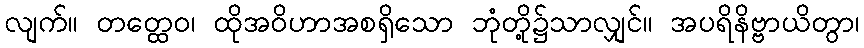
လျက်။ တတ္ထေဝ၊ ထိုအဝိဟာအစရှိသော ဘုံတို့၌သာလျှင်။ အပရိနိဗ္ဗာယိတွာ၊